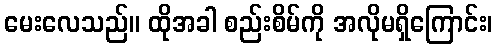
မေးလေသည်။ ထိုအခါ စည်းစိမ်ကို အလိုမရှိကြောင်း၊